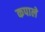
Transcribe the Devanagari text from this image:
कपाले